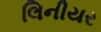
લિનીયર